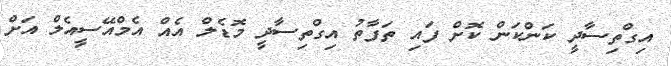
އިގްތިސާދީ ކަންކަން ކޮށް ފައި ތަފާތު އިގްތިސާދީ މޮޑެލް އެއް އެމްއޭސީއެލް އަށް